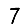
Digit: 7